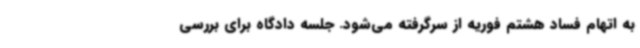
به اتهام فساد هشتم فوریه از سرگرفته می‌شود. جلسه دادگاه برای بررسی